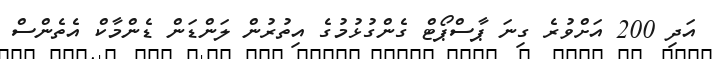
އަދި 200 އަށްވުރެ ގިނަ ޕާސްޕޯޓް ގެންގުޅުމުގެ އިތުރުން ލަންޑަން ޑެންމާކް އެތެންސް